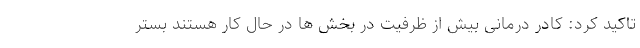
تاکید کرد: کادر درمانی بیش از ظرفیت در بخش ها در حال کار هستند بستر